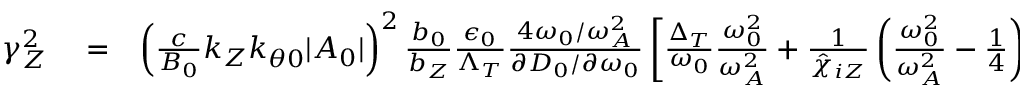
\begin{array} { r l r } { \gamma _ { Z } ^ { 2 } } & { { } = } & { \left( \frac { c } { B _ { 0 } } k _ { Z } k _ { \theta 0 } \lvert A _ { 0 } \rvert \right) ^ { 2 } \frac { b _ { 0 } } { b _ { Z } } \frac { \epsilon _ { 0 } } { \Lambda _ { T } } \frac { 4 \omega _ { 0 } / \omega _ { A } ^ { 2 } } { \partial D _ { 0 } / \partial \omega _ { 0 } } \left[ \frac { \Delta _ { T } } { \omega _ { 0 } } \frac { \omega _ { 0 } ^ { 2 } } { \omega _ { A } ^ { 2 } } + \frac { 1 } { \hat { \chi } _ { i Z } } \left( \frac { \omega _ { 0 } ^ { 2 } } { \omega _ { A } ^ { 2 } } - \frac { 1 } { 4 } \right) \right] - \Delta _ { T } ^ { 2 } , } \end{array}